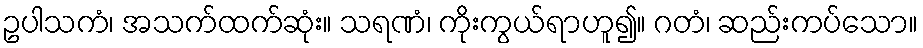
ဥပါသကံ၊ အသက်ထက်ဆုံး။ သရဏံ၊ ကိုးကွယ်ရာဟူ၍။ ဂတံ၊ ဆည်းကပ်သော။